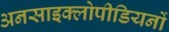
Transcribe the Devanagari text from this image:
अनसाइक्लोपीडियनों